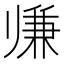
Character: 𱍵